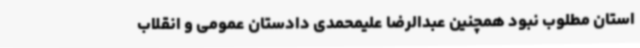
استان مطلوب نبود همچنین عبدالرضا علیمحمدی دادستان عمومی و انقلاب